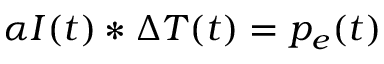
\alpha I ( t ) \ast \Delta T ( t ) = p _ { e } ( t )